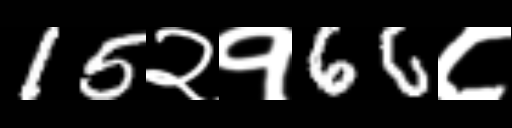
Text: 15२१66८